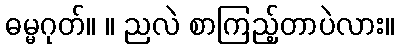
ဓမ္မဂုတ်။ ။ ညလဲ စာကြည့်တာပဲလား။